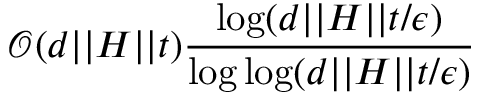
\mathcal { O } ( d \vert \vert H \vert \vert t ) \frac { \log ( d \vert \vert H \vert \vert t / \epsilon ) } { \log \log ( d \vert \vert H \vert \vert t / \epsilon ) }